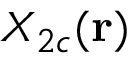
X _ { 2 c } ( \mathbf { r } )